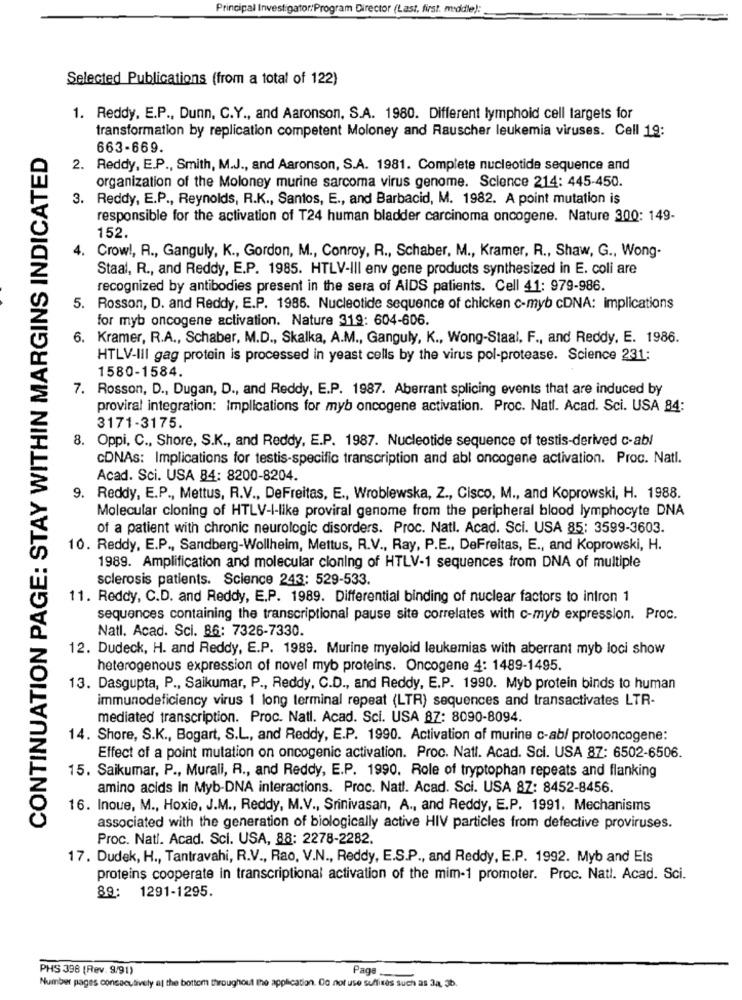
Principal Investigator:Program Director (Last, first. middle):
Selected Publications (from a total of 122)
1. Reddy, E.P ., Dunn, C.Y ., and Aaronson, S.A. 1980. Different lymphoid cell targets for
transformation by replication competent Moloney and Rauscher leukemia viruses. Cell 19:
CONTINUATION PAGE: STAY WITHIN MARGINS INDICATED
663-669.
2. Reddy, E.P ., Smith, M.J ., and Aaronson, S.A. 1981. Complete nucleotide sequence and
organization of the Moloney murine sarcoma virus genome. Science 214: 445-450.
3. Reddy, E.P ., Reynolds, R.K ., Santos, E ., and Barbacid, M. 1982. A point mutation is
responsible for the activation of T24 human bladder carcinoma oncogene. Nature 300: 149-
152.
. Crow !, R ., Ganguly, K ., Gordon, M ., Conroy, R ., Schaber, M ., Kramer, R ., Shaw, G ., Wong-
Staal, R ., and Reddy, E.P. 1985. HTLV-III env gene products synthesized in E. coli are
recognized by antibodies present in the sera of AIDS patients. Cell 41: 979-986.
5. Rosson, D. and Reddy, E.P. 1986. Nucleotide sequence of chicken c-myb cDNA: implications
for myb oncogene activation. Nature 319: 604-606.
6. Kramer, R.A ., Schaber, M.D ., Skalka, A.M ., Ganguly, K ., Wong-Staal, F ., and Reddy, E. 1986.
HTLV-III gag protein is processed in yeast cells by the virus pol-protease. Science 231:
1580-1584.
7. Rosson, D ., Dugan, D ., and Reddy, E.P. 1987. Aberrant splicing events that are induced by
proviral integration: Implications for myb oncogene activation. Proc. Natl. Acad. Sci. USA 84:
3171-3175.
8. Oppi, C ., Shore, S.K ., and Reddy, E.P. 1987. Nucleotide sequence of testis-derived c-abl
CDNAs: Implications for testis-specific transcription and abl oncogene activation. Proc. Natl.
Acad. Sci. USA 84: 8200-8204.
9. Reddy, E.P ., Mettus, R.V ., DeFreitas, E ., Wroblewska, Z ., Cisco, M ., and Koprowski, H. 1988.
Molecular cloning of HTLV-I-like proviral genome from the peripheral blood lymphocyte DNA
of a patient with chronic neurologic disorders. Proc. Natl. Acad. Sci. USA 85: 3599-3603.
10. Reddy, E.P ., Sandberg-Wollheim, Mettus, R.V ., Ray, P.E ., DeFreitas, E ., and Koprowski, H.
1989. Amplification and molecular cloning of HTLV-1 sequences from DNA of multiple
sclerosis patients. Science 243: 529-533.
11. Reddy, C.D. and Reddy, E.P. 1989. Differential binding of nuclear factors to intron 1
sequences containing the transcriptional pause site correlates with c-myb expression. Proc.
Natl. Acad. Sci. 86: 7326-7330.
12. Dudeck, H. and Reddy, E.P. 1989. Murine myeloid leukemias with aberrant myb loci show
heterogenous expression of novel myb proteins. Oncogene 4: 1489-1495.
13. Dasgupta, P ., Saikumar, P ., Reddy, C.D ., and Reddy, E.P. 1990. Myb protein binds to human
immunodeficiency virus 1 long terminal repeat (LTR) sequences and transactivates LTR-
mediated transcription. Proc. Natl. Acad. Sci. USA 87: 8090-8094.
14. Shore, S.K ., Bogart, S.L, and Reddy, E.P. 1990. Activation of murine c-ab/ protooncogene:
Effect of a point mutation on oncogenic activation. Proc. Natl. Acad. Sci. USA 87: 6502-6506.
15. Saikumar, P ., Murali, R ., and Reddy, E.P. 1990. Role of tryptophan repeats and flanking
amino acids In Myb-DNA interactions. Proc. Natl. Acad. Sci. USA 87: 8452-8456.
16. Inoue, M ., Hoxie, J.M ., Reddy, M.V ., Srinivasan, A ., and Reddy, E.P. 1991. Mechanisms
associated with the generation of biologically active HIV particles from defective proviruses.
Proc. Nati. Acad. Sci. USA, 88: 2278-2282.
17. Dudek, H ., Tantravahi, R.V ., Rao, V.N ., Reddy, E.S.P ., and Reddy, E.P. 1992. Myb and Els
proteins cooperate in transcriptional activation of the mim-1 promoter. Proc. Natt. Acad. Sci.
89: 1291-1295.
PHS 398 (Rev. 9/91)
Page
Number pages consecutively at the bottom throughout the application. Do not use suffixes such as 3a, 3b.